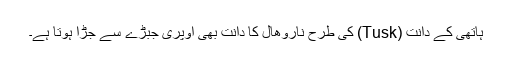
ہاتھی کے دانت (Tusk) کی طرح ناروھال کا دانت بھی اوپری جبڑے سے جڑا ہوتا ہے۔